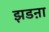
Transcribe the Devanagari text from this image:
झडऩा